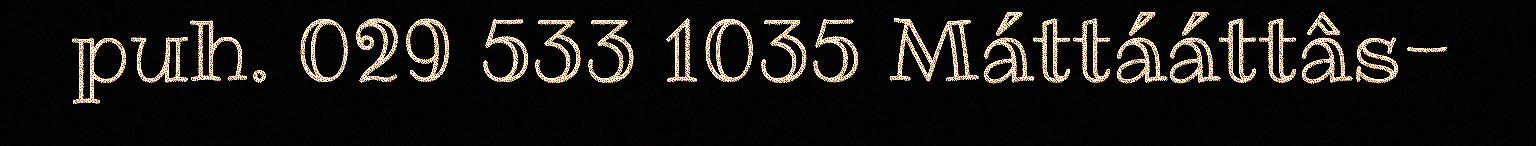
puh. 029 533 1035 Máttááttâs-